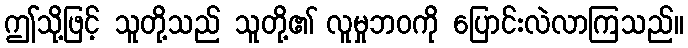
ဤသို့ဖြင့် သူတို့သည် သူတို့၏ လူမှုဘဝကို ပြောင်းလဲလာကြသည်။